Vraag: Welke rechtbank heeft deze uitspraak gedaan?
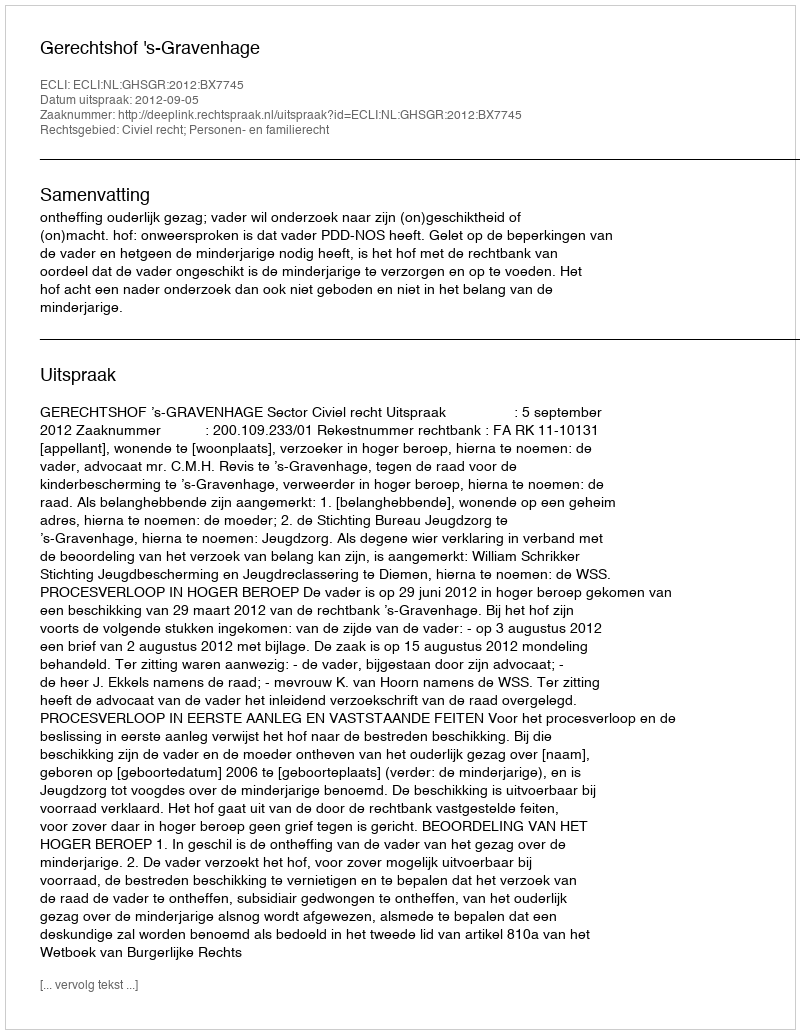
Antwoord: Gerechtshof 's-Gravenhage